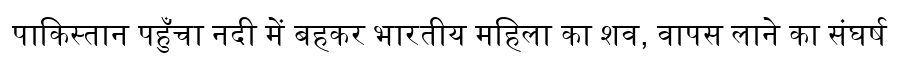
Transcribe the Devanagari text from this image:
पाकिस्तान पहुँचा नदी में बहकर भारतीय महिला का शव, वापस लाने का संघर्ष